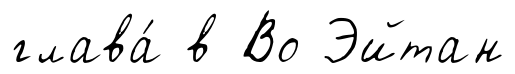
глава́ в Во Эйтан